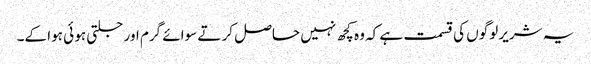
یہ شریر لوگوں کی قسمت ہے کہ وہ کچھ نہیں حاصل کر تے سوائے گرم اور جلتی ہو ئی ہوا کے۔